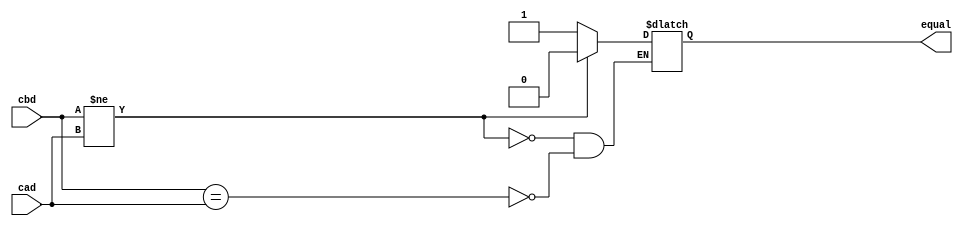
`timescale 1ns / 1ps
//////////////////////////////////////////////////////////////////////////////////
// Company: 
// Engineer: 
// 
// Design Name: 
// Module Name: comparator
// Project Name: 
// Target Devices: 
// Tool Versions: 
// Description: 
// 
// Dependencies: 
// 
// Revision:
// Revision 0.01 - File Created
// Additional Comments:
// 
//////////////////////////////////////////////////////////////////////////////////


module comparator(input [31:0] cbd, cad, output reg equal);
always@(*) begin
if( cbd == cad)
equal <= 1'b1;
if(cbd != cad)
equal <= 1'b0;
end
endmodule